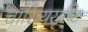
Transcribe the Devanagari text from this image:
चारित्र्यसृष्टि